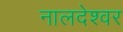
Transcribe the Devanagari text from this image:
नालदेश्वर